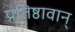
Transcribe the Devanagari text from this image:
प्रतिष्ठावान्